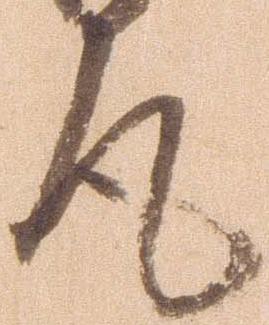
風